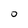
Character: O